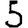
Digit: 5